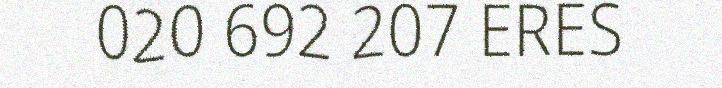
020 692 207 ERES